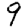
Digit: 9